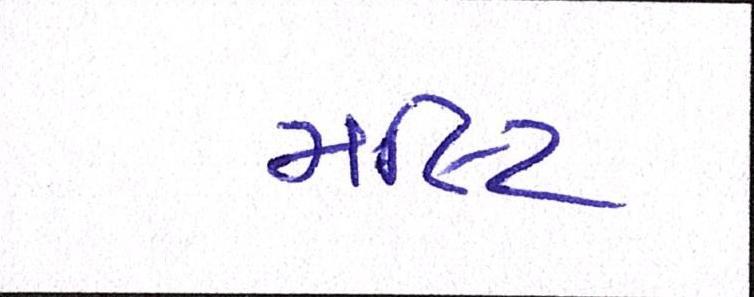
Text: મલ્ટિ